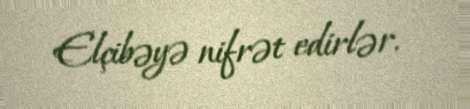
Elçibəyə nifrət edirlər.